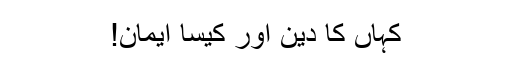
کہاں کا دین اور کیسا ایمان!